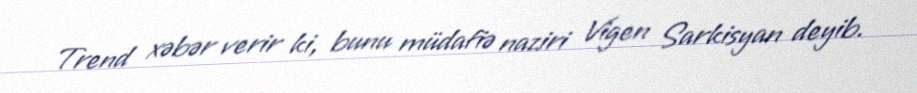
Trend xəbər verir ki, bunu müdafiə naziri Vigen Sarkisyan deyib.